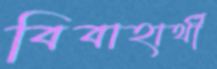
বিবাহার্থী